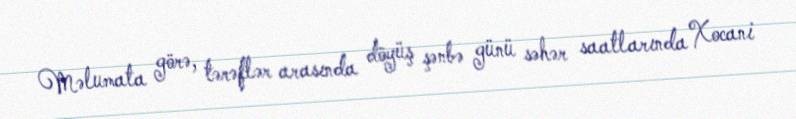
Məlumata görə, tərəflər arasında döyüş şənbə günü səhər saatlarında Xocani